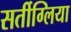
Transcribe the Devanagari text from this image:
सर्तीग्लिया